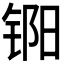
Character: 𬭏